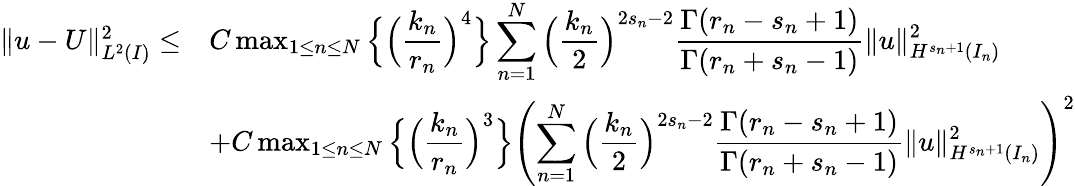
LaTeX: \begin{array}{rl}{\| u-U\| _{L^{2}(I)}^{2}\le}&{C\operatorname*{max}_{1\le n\le N}\Big\{ \Big(\displaystyle\frac{k_{n}}{r_{n}}\Big)^{4}\Big\} \displaystyle\sum_{n=1}^{N}\Big(\displaystyle\frac{k_{n}}{2}\Big)^{2s_{n}-2}\displaystyle\frac{\Gamma(r_{n}-s_{n}+1)}{\Gamma(r_{n}+s_{n}-1)}\| u\| _{H^{s_{n}+1}(I_{n})}^{2}}\\ &{+C\operatorname*{max}_{1\le n\le N}\Big\{ \Big(\displaystyle\frac{k_{n}}{r_{n}}\Big)^{3}\Big\} \left(\displaystyle\sum_{n=1}^{N}\Big(\displaystyle\frac{k_{n}}{2}\Big)^{2s_{n}-2}\displaystyle\frac{\Gamma(r_{n}-s_{n}+1)}{\Gamma(r_{n}+s_{n}-1)}\| u\| _{H^{s_{n}+1}(I_{n})}^{2}\right)^{2}}\end{array}